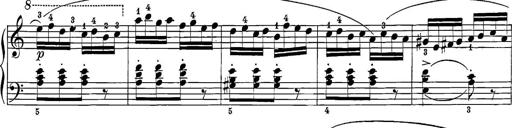
Title: 12 Sonatine per Pianoforte
Composer: Friedrich Kuhlau